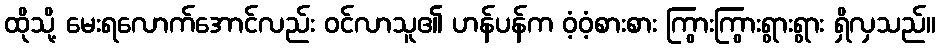
ထိုသို့ မေးရလောက်အောင်လည်း ဝင်လာသူ၏ ဟန်ပန်က ဝံ့ဝံ့စားစား ကြွားကြွားရွားရွား ရှိလှသည်။